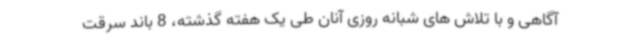
آگاهی و با تلاش های شبانه روزی آنان طی یک هفته گذشته، 8 باند سرقت